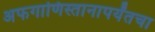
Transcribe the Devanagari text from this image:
अफगाणिस्तानापर्यंतचा